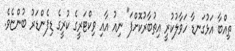
ތިއްބާ އަޅުގަނޑާ ހަވާލުކުރީ އިތުބާރުކޮށްފަ" ނިއު އާއި ވިކްޓަރީގެ ކުރީގެ ޑިފެންޑަރު ބުންޏެވެ.